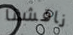
ناقشنا